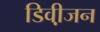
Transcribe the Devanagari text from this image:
डिवी़जन